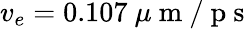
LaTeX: v_{e}=0.107~\mu\mathrm{~m~/~p~s~}